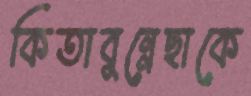
কিতাবুন্নেছাকে